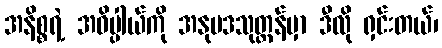
အနိစ္စရဲ့ အဓိပ္ပါယ်ကို အနုပဒသုတ္တန်မှာ ဒီလို ရှင်းတယ်၊